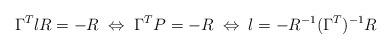
LaTeX: \begin{align*}\Gamma^T l R = - R \; \Leftrightarrow \; \Gamma^T P = -R \; \Leftrightarrow \; l = - R^{-1} (\Gamma^T)^{-1} R \end{align*}